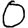
Digit: 0